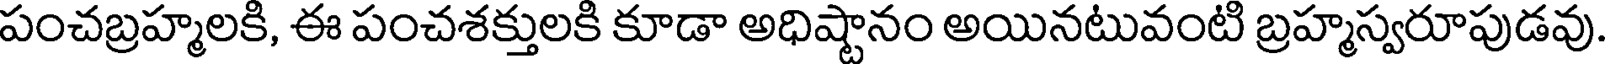
పంచబ్రహ్మలకి, ఈ పంచశక్తులకి కూడా అధిష్టానం అయినటువంటి బ్రహ్మస్వరూపుడవు